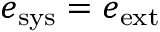
e _ { \mathrm { s y s } } = e _ { \mathrm { e x t } }